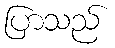
ပြာသည်